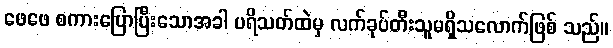
ဖေဖေ စကားပြောပြီးသောအခါ ပရိသတ်ထဲမှ လက်ခုပ်တီးသူမရှိသလောက်ဖြစ် သည်။